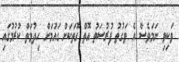
ވަކިވި ނަމަވެސް އެ ވަގުތު ފުރުސަތު އޮތް ގޮތަކަށް ގައުމަށް ހިދުމަތް ކުރުމުގައި